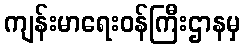
ကျန်းမာရေးဝန်ကြီးဌာနမှ